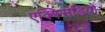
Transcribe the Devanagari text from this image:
एक्स्सिडियो